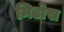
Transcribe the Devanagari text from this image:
मिडोस